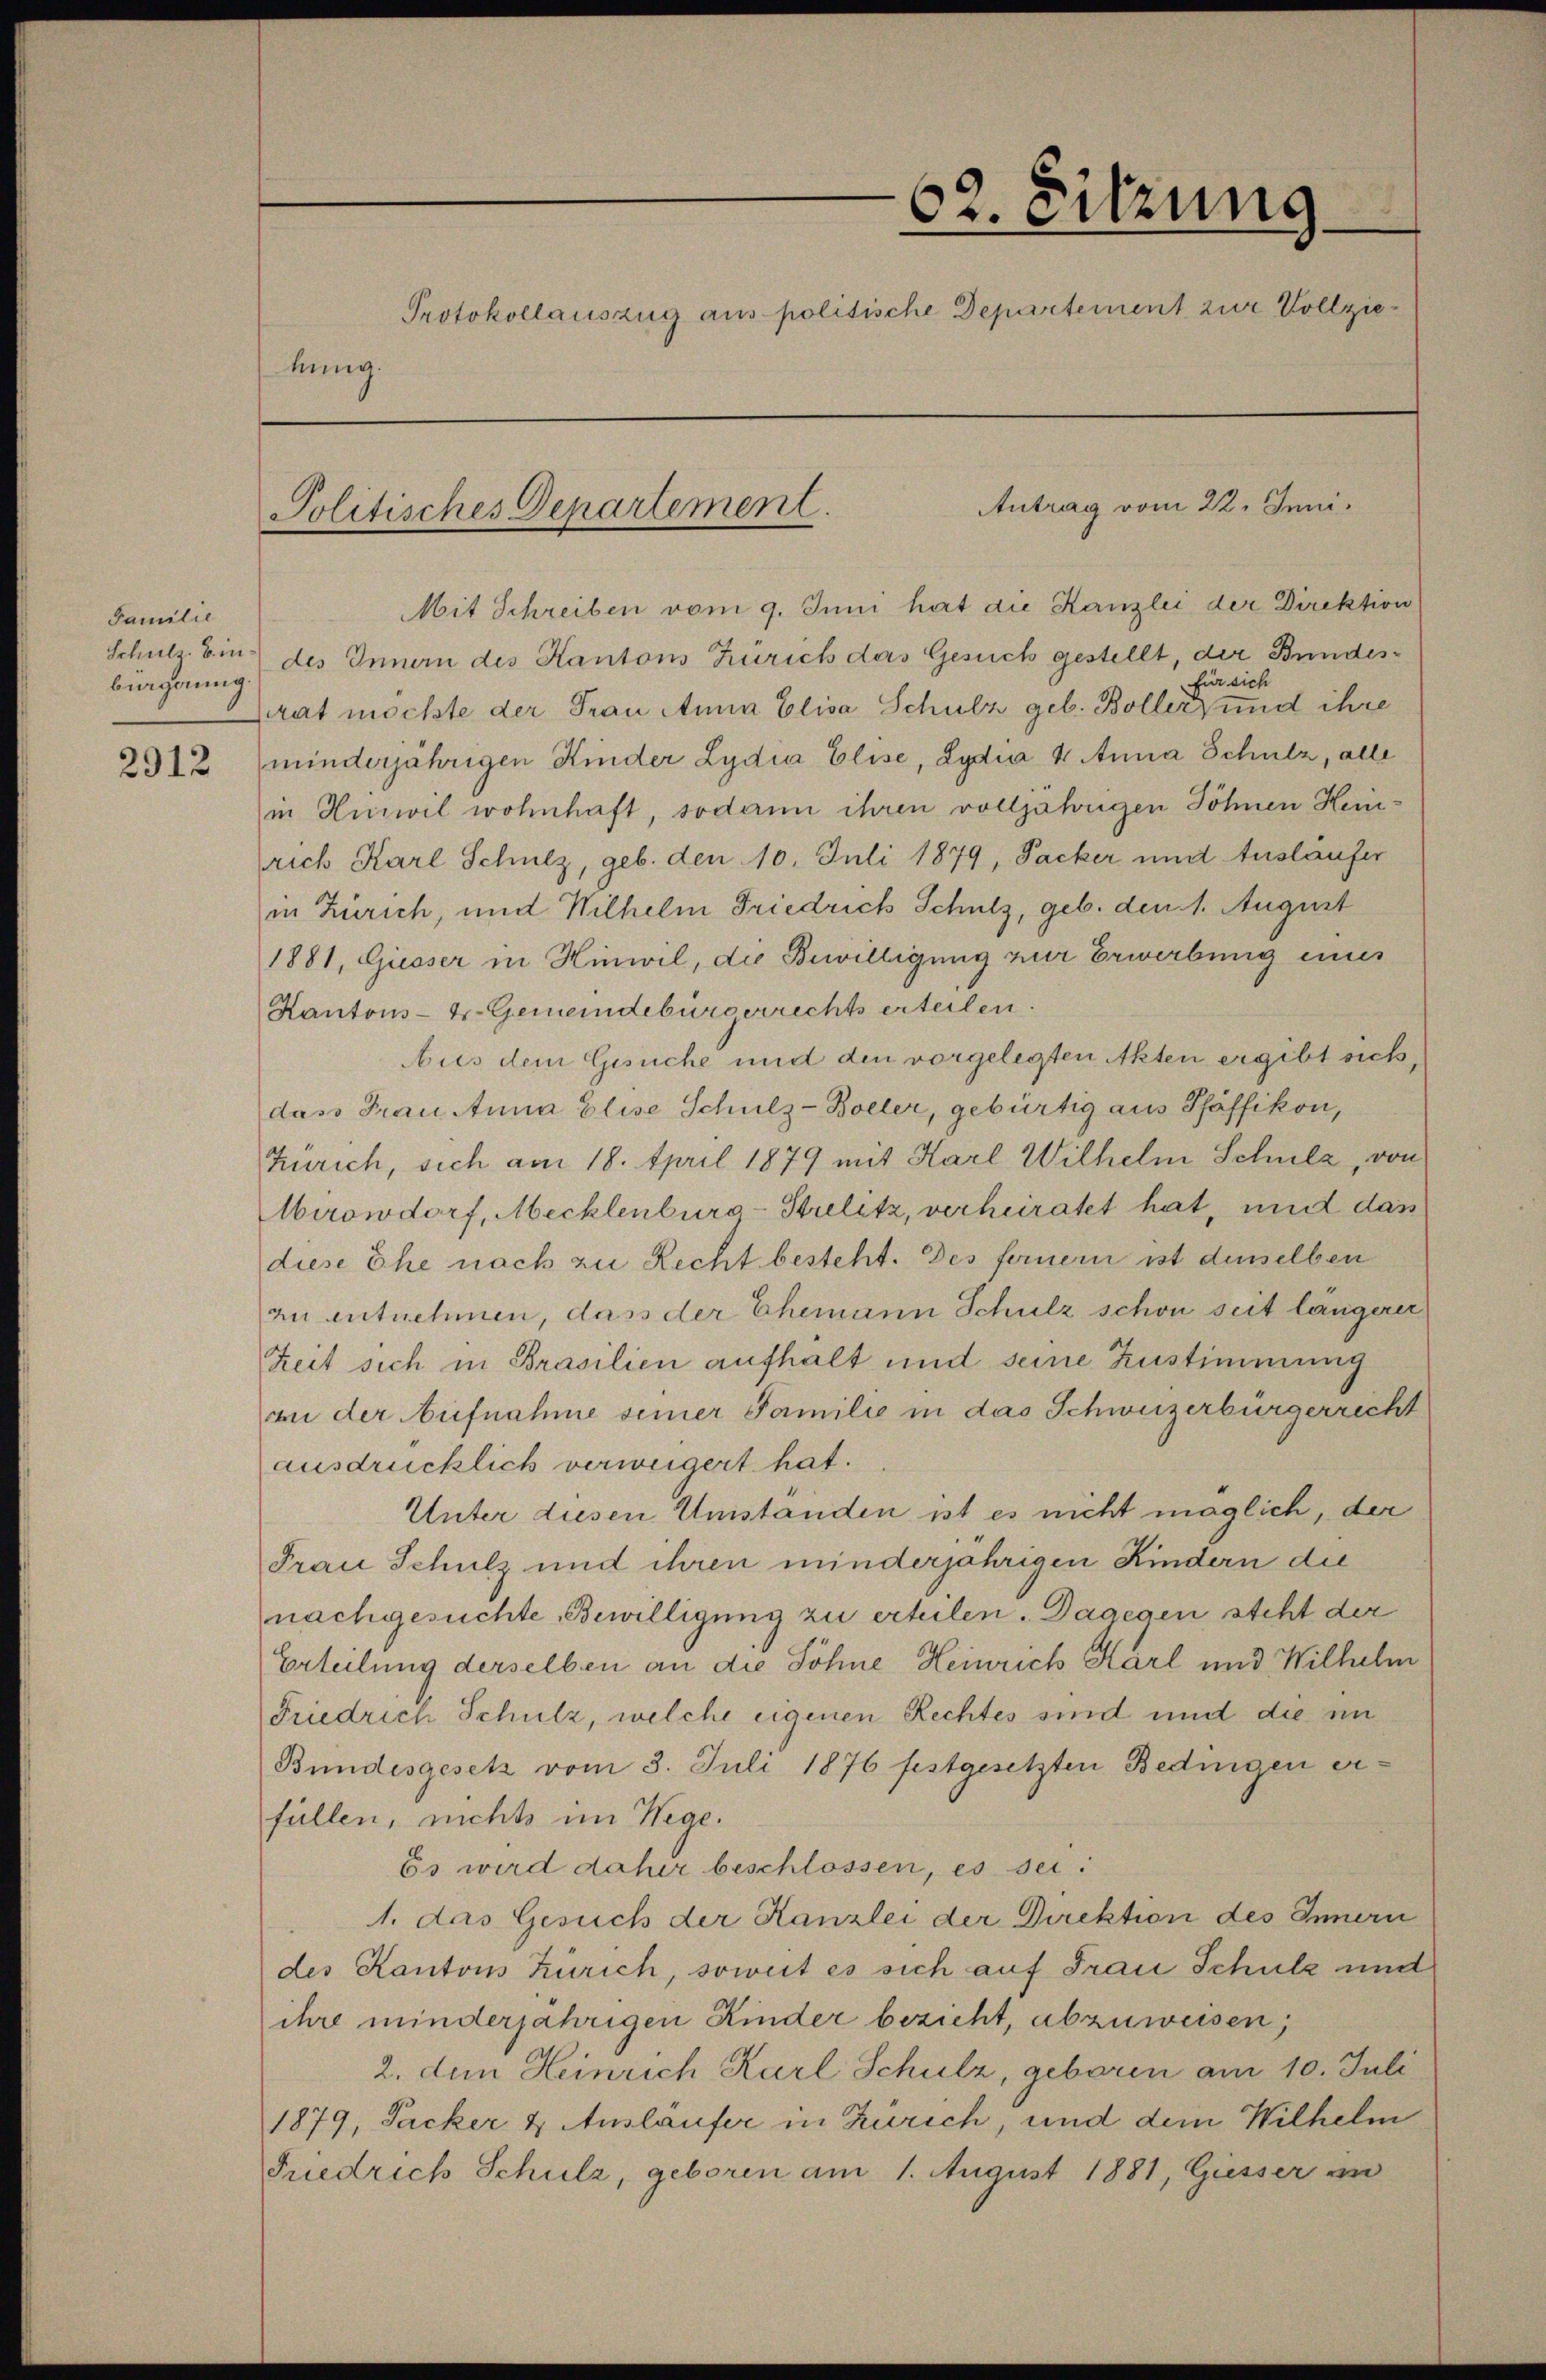
Familie
Schulz, Binbürgerung

2912

62. Sitzung
Protokollauszug aus politische Departement zur Vollziekung.

Politisches Departement.

Mit Schreiben vom 9. Juni hat die Kanzlei der Direktion
des Innern des Kantons Zürich das Gesuch gestellt, der Bundesfür sich
lrat möchte der Frau Anna Elisa Schulz geb. Boller und ihre
minderjährigen Kinder Lydia Elise, Lydia 4 Anna Schulz, alle
in Hinweil wohnhaft, sodann ihren volljährigen Söhnen Heirich Karl Schulz, geb. den 10. Juli 1879, Packer und Ausläufer
in Zürich, und Wilhelm Friedrich Schulz, geb. den 1. August
1881, Gioser in Hinwil, die Bewilligung zur Erwerbung eines
Kantons- 4. Gemeindebürgerrechts erteilen
Aus dem Gesuche und den vorgelegten Akten ergibt sich,
dass Frau Anna Elise Schulz-Boller, gebürtig aus Pfäffikon,
Zürich, sich am 18. April 1879 mit Karl Wilhelm Schulz, von
Aerowdorf, Mecklenburg-Strelitz, verheiratet hat, mit das
diese Ehe nach zu Recht besteht. Des ferner ist denselben
an entnehmen, dass der Ehemann Schulz schon seit längerer
Zeit sich in Brasilien aufhalt und seine Zustimmung
an der Aufnahme seiner Familie in das Schweizerbürgerricht
ausdrücklich verweigert hat.
Unter diesen Umstanden ist es nicht möglich, der
Frau Schulz und ihren minderjährigen Kindern die
nachgesuchte Bewilligung zu erteilen. Dagegen steht der
Erteilung derselben an die Söhne Heinrich Karl und Wilhelm
Friedrich Schulz, welche eigenen Rechtes sind und die im
Bundesgesetz vom 3. Juli 1876 festgesetzten Bedingen erfüllen, nichts im Wege.
Es wird daher beschlossen, es sei.
1. das Gesuch der Kanzlei der Direktion des Innern
des Kantons Zürich, soweit es sich auf Frau Schulz und
ihre minderjährigen Kinder bezieht, abzuweisen,
2. den Heinrich Karl Schulz, geboren am 10. Juli
1879, Packer & Auslaufer in Zürich, und dem Wilhelm
Friedrich Schulz, geboren am 1. August 1881, Giesser in

Antrag vom 22. Juni.